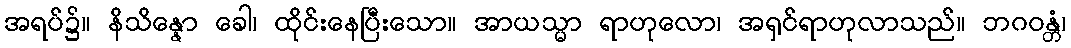
အရပ်၌။ နိသိန္နော ခေါ၊ ထိုင်းနေပြီးသော။ အာယသ္မာ ရာဟုလော၊ အရှင်ရာဟုလာသည်။ ဘဂဝန္တံ၊